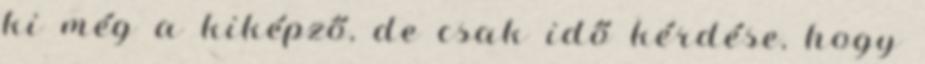
ki még a kiképző, de csak idő kérdése, hogy